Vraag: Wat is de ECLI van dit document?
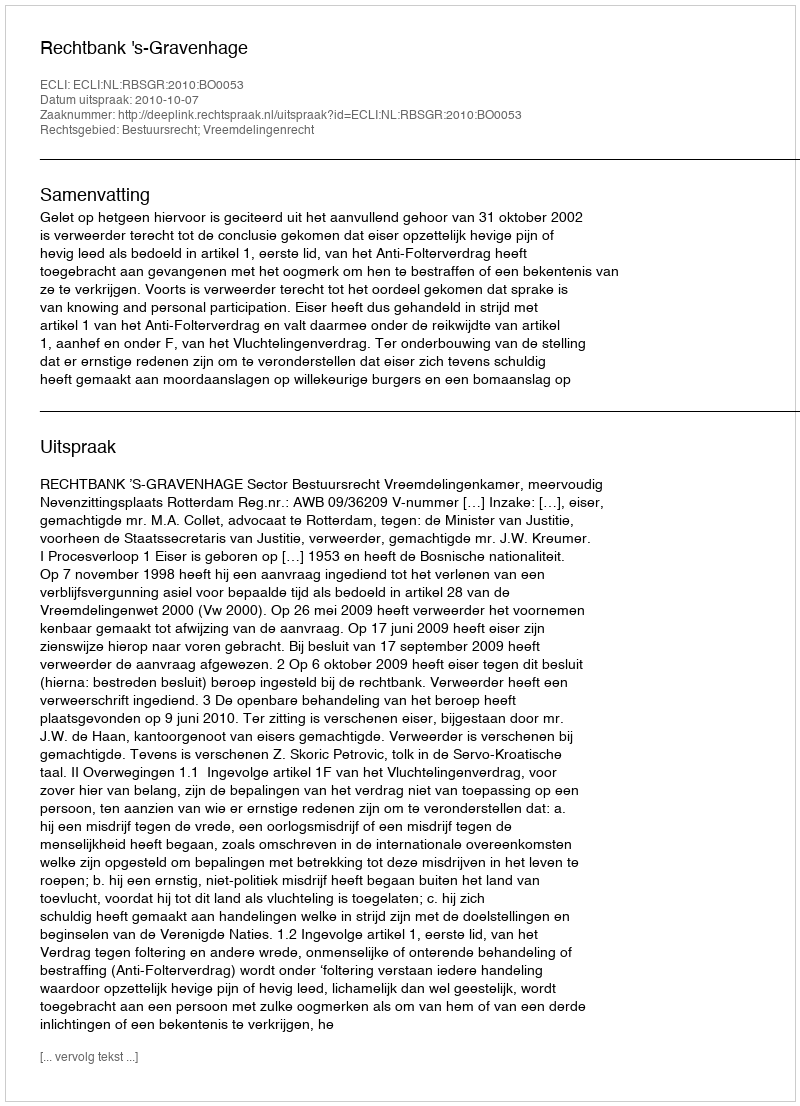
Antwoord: ECLI:NL:RBSGR:2010:BO0053